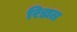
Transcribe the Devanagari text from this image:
रिडाल